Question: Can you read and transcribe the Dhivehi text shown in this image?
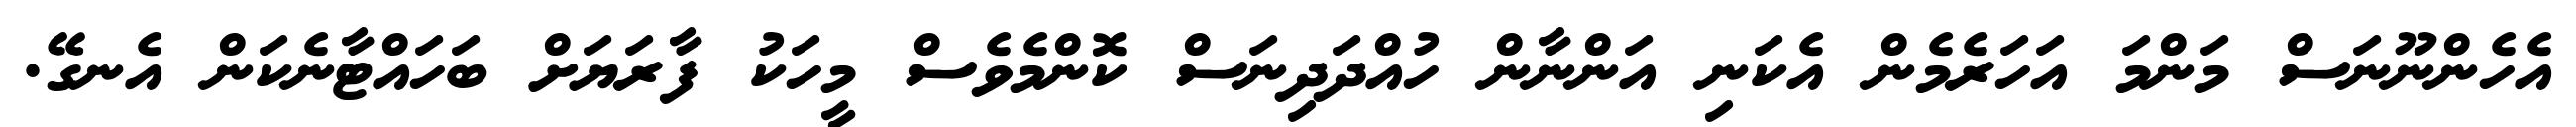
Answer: އެހެންނޫނަސް މަންމަ އަހަރެމެން އެކަނި އަންނާން ހުއްދަދިނަސް ކޮންމެވެސް މީހަކު ފާރަޔަށް ބަހައްޓާނެކަން އެނގޭ.